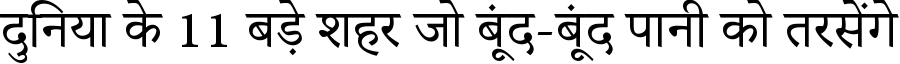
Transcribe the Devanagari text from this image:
दुनिया के 11 बड़े शहर जो बूंद-बूंद पानी को तरसेंगे